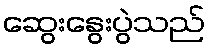
ဆွေးနွေးပွဲသည်